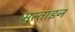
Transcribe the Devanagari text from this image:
मुस्ताइन